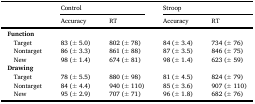
| <ROWSPAN=2>  | <COLSPAN=2> Control | <COLSPAN=2> Stroop |
 | Accuracy | RT | Accuracy | RT |
 | --- | --- | --- | --- | --- |
 | <COLSPAN=5> Function |
 | Target | 83 (± 5.0) | 802 (± 78) | 84 (± 3.4) | 734 (± 76) |
 | Nontarget | 86 (± 3.3) | 861 (± 88) | 87 (± 3.5) | 846 (± 75) |
 | New | 98 (± 1.4) | 674 (± 81) | 98 (± 1.4) | 623 (± 59) |
 | <COLSPAN=5> Drawing |
 | Target | 78 (± 5.5) | 880 (± 98) | 81 (± 4.5) | 824 (± 79) |
 | Nontarget | 84 (± 4.4) | 940 (± 110) | 85 (± 3.6) | 907 (± 110) |
 | New | 95 (± 2.9) | 707 (± 71) | 96 (± 1.8) | 682 (± 76) |